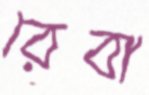
রেবা